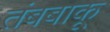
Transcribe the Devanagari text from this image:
तंबबाकू